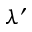
\lambda ^ { \prime }